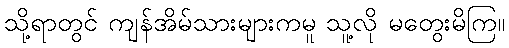
သို့ရာတွင် ကျန်အိမ်သားများကမူ သူ့လို မတွေးမိကြ။